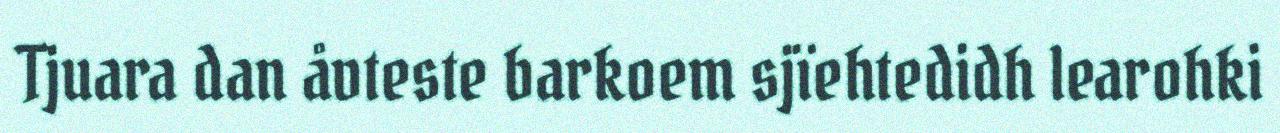
Tjuara dan åvteste barkoem sjïehtedidh learohki